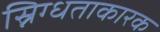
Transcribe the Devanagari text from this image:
स्निग्धताकारक